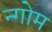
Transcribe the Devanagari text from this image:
न्गोम